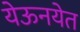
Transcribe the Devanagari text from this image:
येऊनयेत